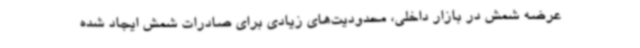
عرضه شمش در بازار داخلی، محدودیت‌های زیادی برای صادرات شمش ایجاد شده